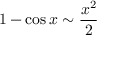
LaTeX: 1 - \cos x \sim { \frac { x ^ { 2 } } { 2 } }